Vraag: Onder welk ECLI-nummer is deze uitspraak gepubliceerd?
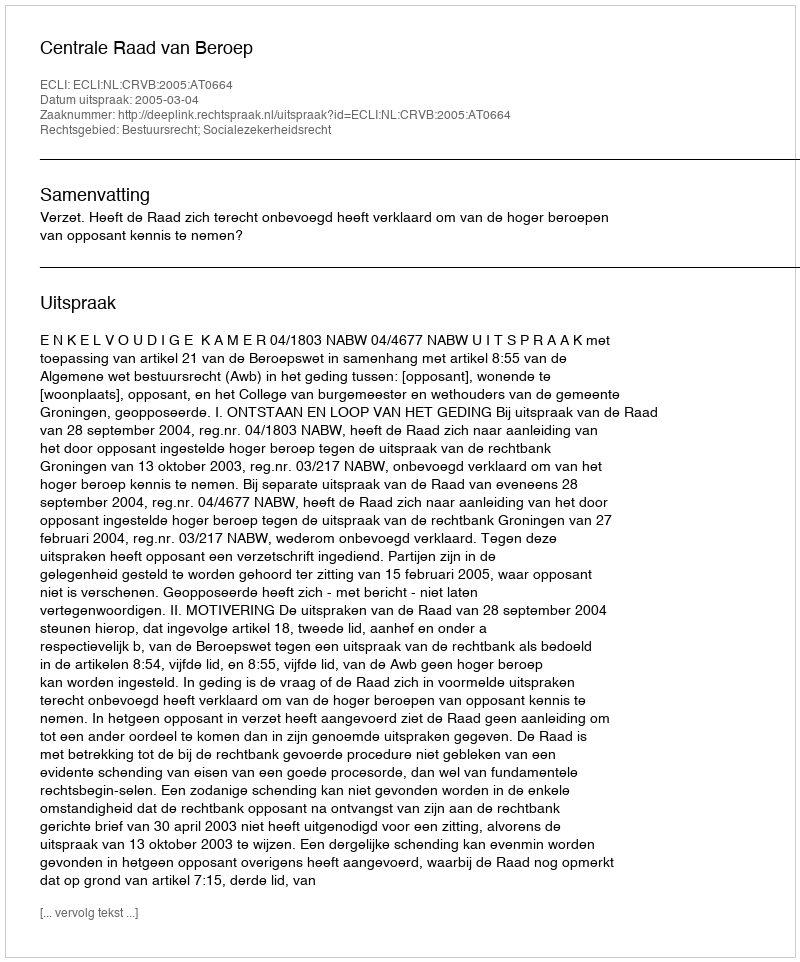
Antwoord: ECLI:NL:CRVB:2005:AT0664